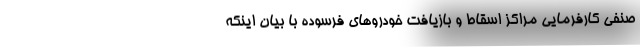
صنفی کارفرمایی مراکز اسقاط و بازیافت خودروهای فرسوده با بیان اینکه